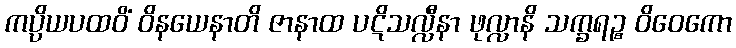
ကပ္ပိယပထဝိံ ဝိနယေနာတိ ဇာနာထ ပဋိသလ္လီနာ ဖုလ္လာနိ သက္ခရဉ္စ ဝိဝေကော